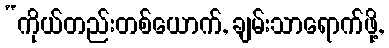
“ကိုယ်တည်းတစ်ယောက်, ချမ်းသာရောက်ဖို့,